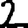
Digit: 2